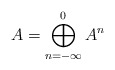
\begin{align*}A = \bigoplus_{n=-\infty}^0 A^n\end{align*}